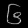
Digit: ၆